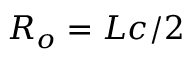
R _ { o } = L c / 2